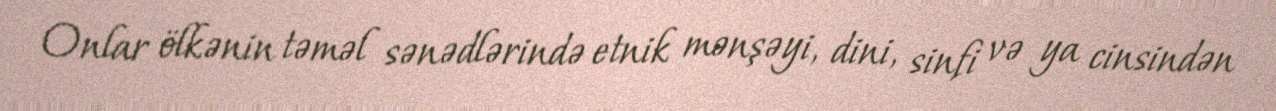
Onlar ölkənin təməl sənədlərində etnik mənşəyi, dini, sinfi və ya cinsindən